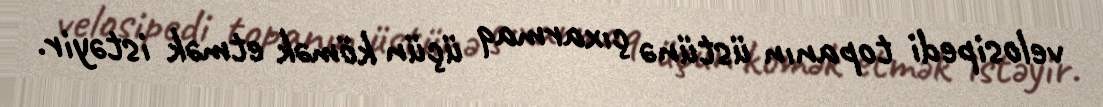
velosipedi topanın üstünə çıxarmaq üçün kömək etmək istəyir.